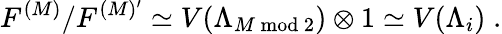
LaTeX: F^{(M)}/F^{(M)^{\prime}}\simeq V(\Lambda_{M\bmod 2})\otimes 1\simeq V(\Lambda_{i})\; .